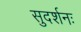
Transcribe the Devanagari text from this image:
सुदर्शनः